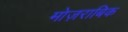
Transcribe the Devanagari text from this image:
मोज़राबिक